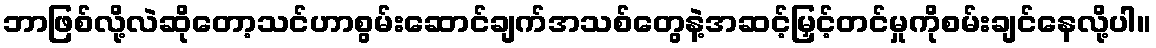
ဘာဖြစ်လို့လဲဆိုတော့သင်ဟာစွမ်းဆောင်ချက်အသစ်တွေနဲ့အဆင့်မြှင့်တင်မှုကိုစမ်းချင်နေလို့ပါ။